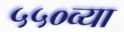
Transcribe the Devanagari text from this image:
५५०व्या